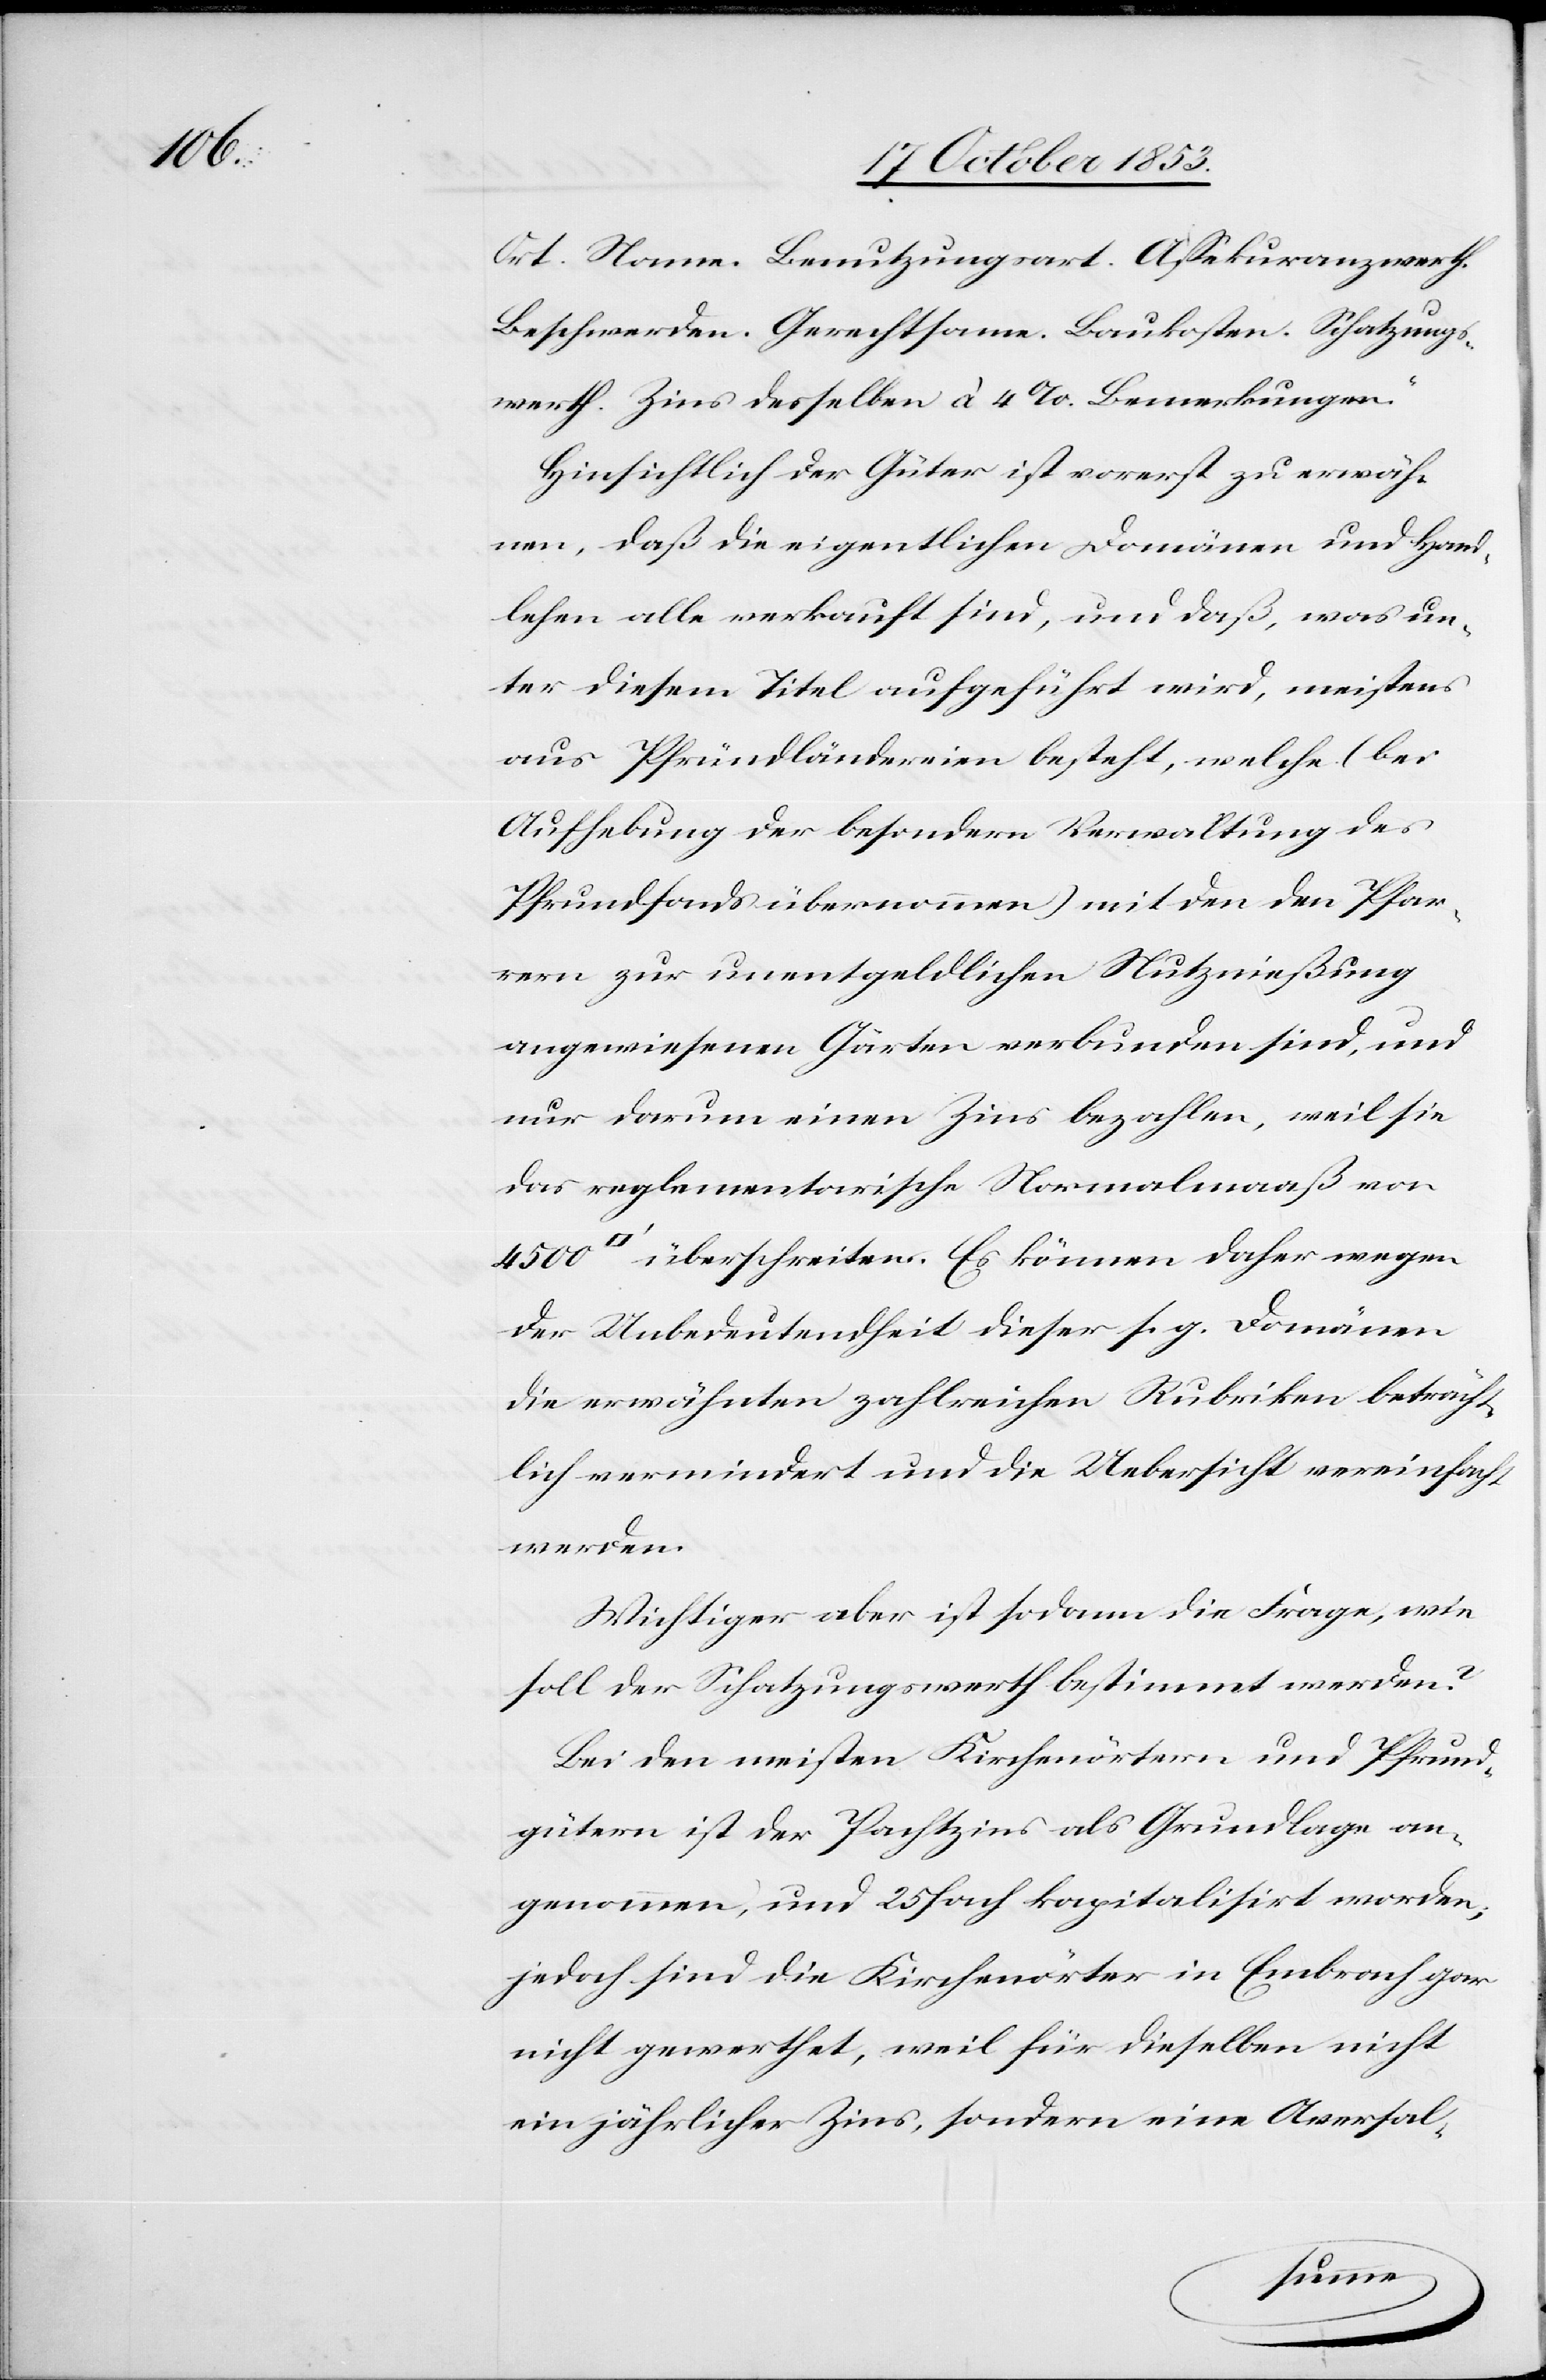
Ort. Name. Benutzungsart. Aßekuranzwerth.
Beschwerden. Gerechtsame. Baukosten. Schatzungs¬
werth. Zins desselben à 4%. Bemerkungen.“
Hinsichtlich der Güter ist vorerst zu erwäh¬
nen, daß die eigentlichen Domänen und Hand¬
lehen alle verkauft sind, und daß, was un¬
ter diesem Titel aufgeführt wird, meistens
aus Pfründländereien [sic!] besteht, welche (bei
Aufhebung der besondern Verwaltung des
Pfrundfonds übernommen) mit den den Pla¬
nern zur unentgeldlichen Nutznießung
angewiesenen Gärten verbunden sind, und
nur darum einen Zins bezahlen, weil sie
das reglementarische Normalmaaß von
überschreiten. Es können daher wegen
der Unbedeutendheit dieser s. g. Domänen
die erwähnten zahlreichen Rubriken beträcht¬
lich vermindert und die Uebersicht vereinfacht
werden.
Wichtiger aber ist sodann die Frage, wie
soll der Schatzungswerth bestimmt werden?
Bei den meisten Kirchenörtern und Pfrund¬
gütern ist der Pachtzins als Grundlage an¬
genommen, und 25fach kapitalisirt worden;
jedoch sind die Kirchenwärter in Embrach gar
nicht gewerthet, weil für dieselben nicht
ein jährlicher Zins, sondern eine Aversal-